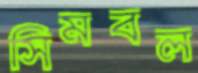
সিমবল